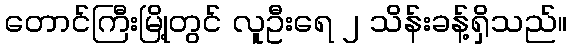
တောင်ကြီးမြို့တွင် လူဦးရေ ၂ သိန်းခန့်ရှိသည်။